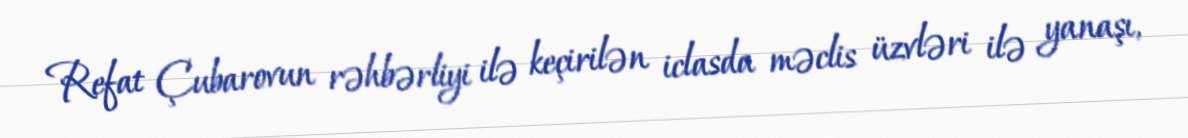
Refat Çubarovun rəhbərliyi ilə keçirilən iclasda məclis üzvləri ilə yanaşı,